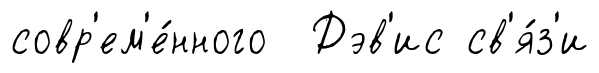
совр'ем'е́нного Дэв'ис св'я́з'и